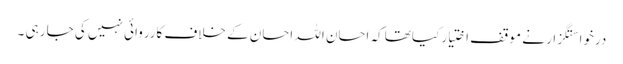
درخواستگزار نے موقف اختیار کیاتھا کہ احسان اللہ احسان کے خلاف کارروائی نہیں کی جا رہی ۔